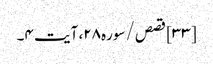
[۳۳] قصص/سوره۲۸، آیت ۴۔